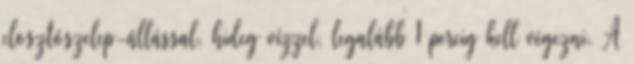
elosztószelep-állással, hideg vízzel, legalább 1 percig kell végezni. A